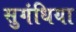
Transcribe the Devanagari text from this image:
सुगंधिया